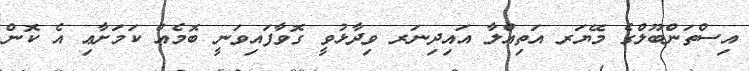
އިސްތަންބޫލްގެ މޭޔަރ އަތިއްލާ އައިދިނަރ ވިދާޅުވީ ގޮވާފައިވަނީ ބޮމެއް ކަމަށާޢި އެ ކޮން